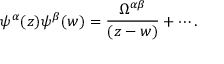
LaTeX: \psi ^ { \alpha } ( z ) \psi ^ { \beta } ( w ) = \frac { \Omega ^ { \alpha \beta } } { ( z - w ) } + \cdots .